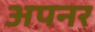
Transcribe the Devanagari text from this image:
अपनर